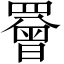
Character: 罾